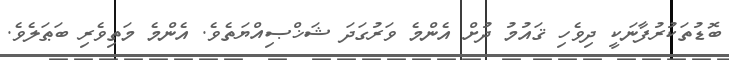
ބޮޑުތަކުރުފާނަކީ ދިވެހި ޤައުމު ދުށް އެންމެ ވަރުގަދަ ޝަޚްޞިއްޔަތެވެ. އެންމެ މަތިވެރި ބަޠަލެވެ.